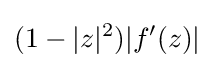
(1-|z|^{2})|f^{\prime }(z)|